Report on sanitation, dispensaries, and jails in Rajputana for 1917, and on vaccination for the year 1917-1918 - 1917-1918
Year: 1917
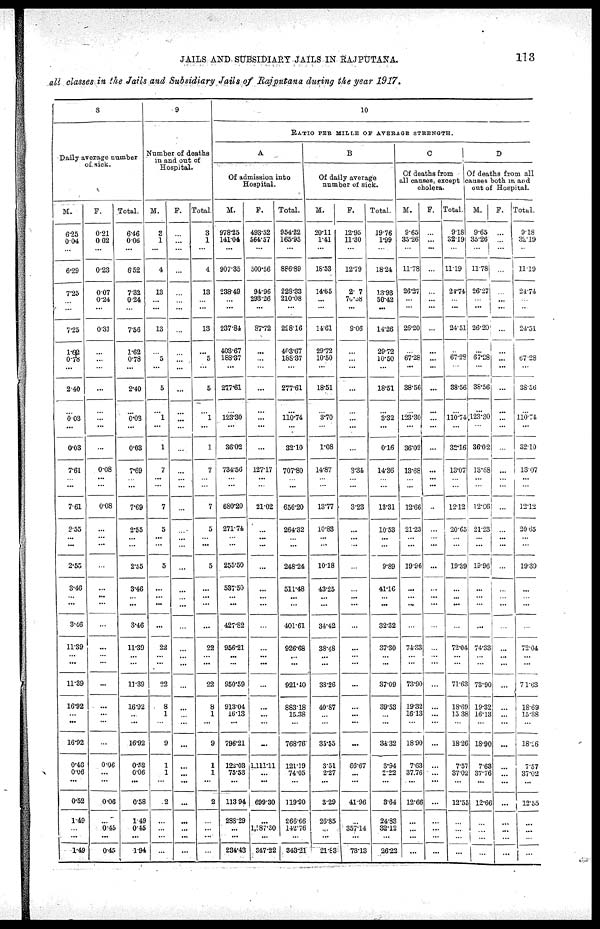
JAILS AND SUBSIDIARY JAILS IN RAJPUTANA.
113
all classes in the Jails and Subsidiary Jails of Rajputana during the year 1917.
8
Daily average number
of sick.
M.
6.25
0.04
...
6.29
7.25
...
...
7.25
1.62
0.78
...
2.40
...
0.03
...
0.03
7.61
...
...
7.61
2.55
...
...
2.55
3.46
... ...
3.46
11.39
...
...
11.39
16.92
...
...
16.92
0.46
0.06
...
0.52
1.49
...
...
1.49
F.
0.21
0.02
...
0.23
0.07
0.24
...
0.31
...
...
...
...
...
...
...
...
0.08
...
...
0.08
...
... ...
...
...
...
...
...
...
...
...
...
...
...
...
...
0 06
...
...
0.06
...
0.45
...
0.45
Total.
6.46
0.06
...
6.52
7.32
0.24
...
7.56
1.62
0.78
...
2.40
...
0.03
...
0.03
7.69
...
...
7.69
2.55
...
...
2.55
3.46
... ...
3.46
11.39
...
...
11.39
16.92
...
...
16.92
0.52
0.06
...
0.58
1.49
0.45
...
1.94
9
Number of deaths
in and out of
Hospital.
M.
3
1
...
4
13
...
...
13
...
5
...
5
...
1
...
1
7
...
...
7
5
...
...
5
...
... ...
...
22
...
...
22
8
1
...
9
1
1
...
2
...
...
...
...
F.
...
...
...
...
...
...
...
...
...
...
...
...
...
...
...
...
...
...
...
...
...
...
...
...
...
...
...
...
...
...
...
...
...
...
...
...
...
...
...
...
...
...
...
...
Total.
3
1
...
4
13
...
...
13
...
5
...
5
...
1
...
1
7
...
...
7
5
... ...
5
...
...
...
...
22
...
...
22
8
1
...
9
1
1
...
2
...
...
...
...
10
RATIO PER MILLE OF AVERAGE STRENGTH.
A
Of admission into
Hospital.
M.
978.25
141.04
...
907.35
238.49
...
...
237.84
403.67
188.37
...
277.61
...
123.30
...
36.02
734.50
...
...
680.20
271.74
...
...
255.50
537.50
... ...
427.82
956.21
...
...
950.59
913.04
16.13
...
796.21
122.03
75.53
...
113.94
288.29
...
...
234.43
F.
493.52
564.57
...
500.56
94.96
293.26
...
87.72
...
...
...
...
...
...
...
...
127.17
...
...
21.02
...
...
...
...
...
... ...
...
...
...
...
...
...
...
...
...
1,111.11
...
...
699.30
...
1,187.30
...
347.22
Total.
954.22
165.95
...
886.89
228.33
210.08
...
228.16
403.67
188.37
...
277.61
...
110.74
...
32.10
707.80
...
...
656.20
264.32
... ...
248.24
511.48
...
...
401.61
926.68
...
...
921.40
883.18
15.38
...
768.76
121.19
74.05
...
119.90
266.66
142.76
...
343.21
B
Of daily average
number of sick.
M.
20.11
1.41
...
18.53
14.65
...
...
14.61
29.72
10.50
...
18.51
...
3.70
...
1.08
14.87
...
...
13.77
10.83
...
...
10.18
43.25
...
...
34.42
38.48
...
...
38.26
40.87
...
...
35.55
3.51
2.27
...
3.29
26.85
...
...
21.83
F.
12.95
11.30
...
12.79
2.07
76.08
...
9.06
...
...
...
...
...
...
...
...
3.34
...
...
3.23
...
...
...
...
...
...
...
...
...
...
...
...
...
...
...
...
66.67
...
...
41.96
...
357.14
...
73.13
Total.
19.76
1.99
...
18.24
13.93
50.42
...
14.26
29.72
10.50
...
18.51
...
3.32
...
0.16
14.36
...
...
13.31
10.53
...
...
9.89
41.16
... ...
32.32
37.30
...
...
37.09
39.53
...
...
34.32
3.94
2.22
...
3.64
24.83
32.12
...
26.22
C
Of deaths from
all causes, except
cholera.
M.
9.65
35.26
...
11.78
26.27
...
...
26.20
...
67.28
...
38.56
...
123.30
...
36.02
13.68
...
...
12.66
21.23
... ...
19.96
...
... ...
...
74.33
...
...
73.90
19.32
16.13
...
18.90
7.63
37.76
...
12.66
...
...
...
...
F.
...
...
...
...
...
...
...
...
...
...
...
...
...
...
...
...
...
...
...
...
...
...
...
...
...
...
...
...
...
...
...
...
...
...
...
...
...
...
...
...
...
...
...
Total.
9.18
32.19
...
11.19
24.74
...
...
24.51
...
67.28
...
38.56
...
110.74
...
32.16
13.07
...
...
12.12
20.65
...
...
19.39
...
...
...
...
72.04
...
...
71.63
18.69
15.38
...
18.26
7.57
37.02
...
12.55
...
...
...
...
D
Of deaths from all
causes both in and
out of Hospital.
M.
9.65
35.26
...
11.78:
26.27
...
...
26.20
...
67.28
...
38.56
...
123.30
...
36.0.2
13.68
...
...
12.06
21.23
...
...
19.96
... .
...
...
...
74.33
...
...
73.90
19.32
16.13
...
18.90
7.63
37.76
...
12.66
...
...
...
...
F.
...
...
...
...
...
...
...
...
...
...
...
...
...
...
...
...
...
...
...
...
...
...
...
...
...
...
...
...
...
...
...
...
...
...
...
...
...
...
...
...
...
...
...
Total.
9.18
32.19
...
11.19
24.74
...
...
24.51
...
67.28
...
38.56
...
110.74
...
32.10
13.07
...
...
12.12
20.65
...
...
19.39
...
... ...
...
72.04
...
...
71.63
18.69
15.38
...
18.06
7.57
37.02
...
12.55
...
...
...
...